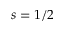
s = 1 / 2